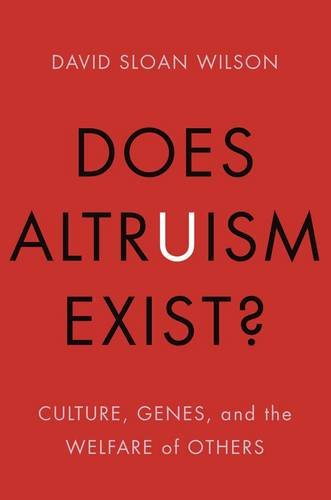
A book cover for Does Altruism Exist?: Culture, Genes, and the Welfare of Others (Foundational Questions in Science); David Sloan Wilson; Medical Books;